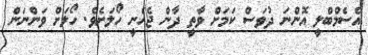
އެސެމްބްލީ އޮންނަ ދުވަސް ކަމަށް ވާތީ ދާން ޖެހެނީ ހޯލަށެވެ. ހޯލަށް ވަންނަން